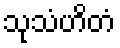
သုသံဟိတံ